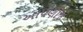
આપણીજ